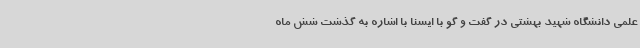
علمی دانشگاه شهید بهشتی در گفت و گو با ایسنا با اشاره به گذشت شش ماه